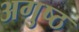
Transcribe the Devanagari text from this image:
अगुष्ठ